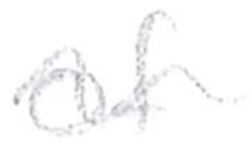
Text: of
Cross-out: wave
Writing tool: pencil